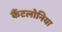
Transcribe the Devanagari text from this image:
कैंटलोनिया